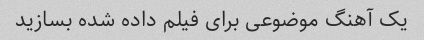
یک آهنگ موضوعی برای فیلم داده شده بسازید